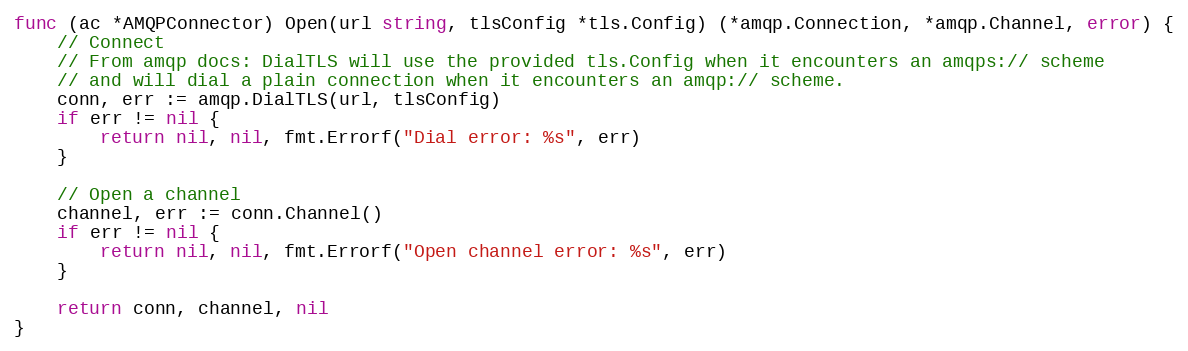
Language: Go
func (ac *AMQPConnector) Open(url string, tlsConfig *tls.Config) (*amqp.Connection, *amqp.Channel, error) {
	// Connect
	// From amqp docs: DialTLS will use the provided tls.Config when it encounters an amqps:// scheme
	// and will dial a plain connection when it encounters an amqp:// scheme.
	conn, err := amqp.DialTLS(url, tlsConfig)
	if err != nil {
		return nil, nil, fmt.Errorf("Dial error: %s", err)
	}

	// Open a channel
	channel, err := conn.Channel()
	if err != nil {
		return nil, nil, fmt.Errorf("Open channel error: %s", err)
	}

	return conn, channel, nil
}